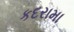
કદરામા